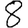
Digit: 8